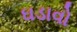
ઘડાવો